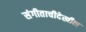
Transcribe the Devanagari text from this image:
संगीताचीदेखील